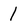
Character: 1